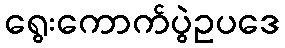
ရွေးကောက်ပွဲဥပဒေ